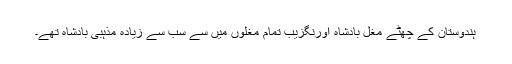
ہندوستان کے چھٹے مغل بادشاہ اورنگزیب تمام مغلوں میں سے سب سے زیادہ مذہبی بادشاہ تھے۔